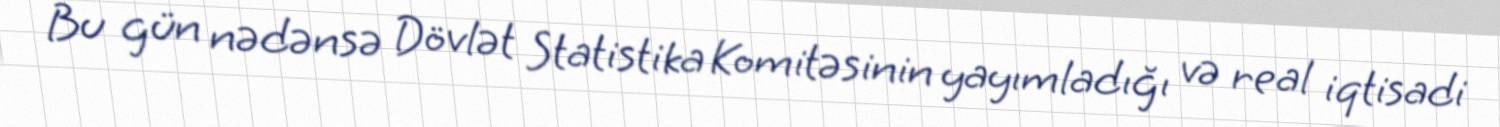
Bu gün nədənsə Dövlət Statistika Komitəsinin yayımladığı və real iqtisadi